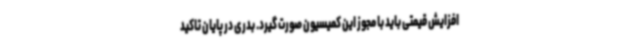
افزایش قیمتی باید با مجوز این کمیسیون صورت گیرد. بدری در پایان تاکید